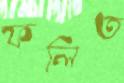
ফলিত